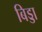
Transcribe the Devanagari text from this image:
बिड्डा